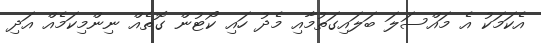
އެކަމަކު އެ މައްސަލަ ބަލައިގަތުމާއި މެދު ހައި ކޯޓުން ގޮތެއް ނިންމިކަމެއް އަދި